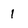
Character: 1